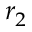
r _ { 2 }